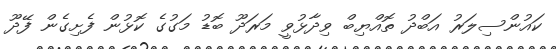
ކައުންސިލަރު އަބްދު ތޮއްޔިބް ވިދާޅުވީ މަރަދޫ ބޮޑު މަގުގެ ކޮޅުން ފެށިގެން ފޭދޫ